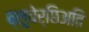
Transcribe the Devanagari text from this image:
ब्लुचेर्छिअति